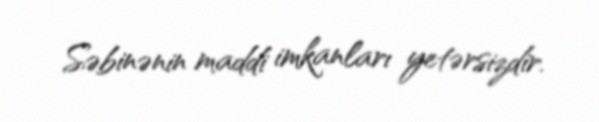
Səbinənin maddi imkanları yetərsizdir.